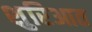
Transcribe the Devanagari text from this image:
शुरिआत